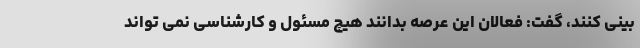
بینی کنند، گفت: فعالان این عرصه بدانند هیچ مسئول و کارشناسی نمی تواند